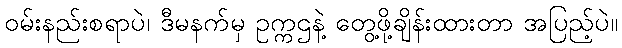
ဝမ်းနည်းစရာပဲ၊ ဒီမနက်မှ ဥက္ကဌနဲ့ တွေ့ဖို့ချိန်းထားတာ အပြည့်ပဲ။